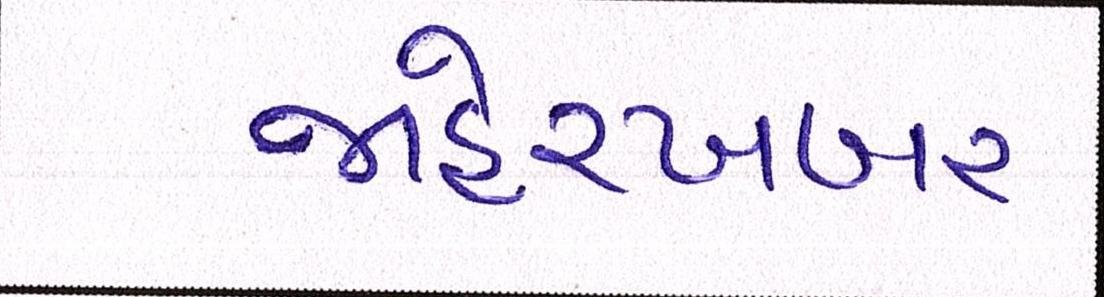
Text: જાહેરખબર